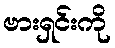
ဗားရှင်းကို